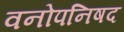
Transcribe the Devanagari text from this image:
वनोपनिषद